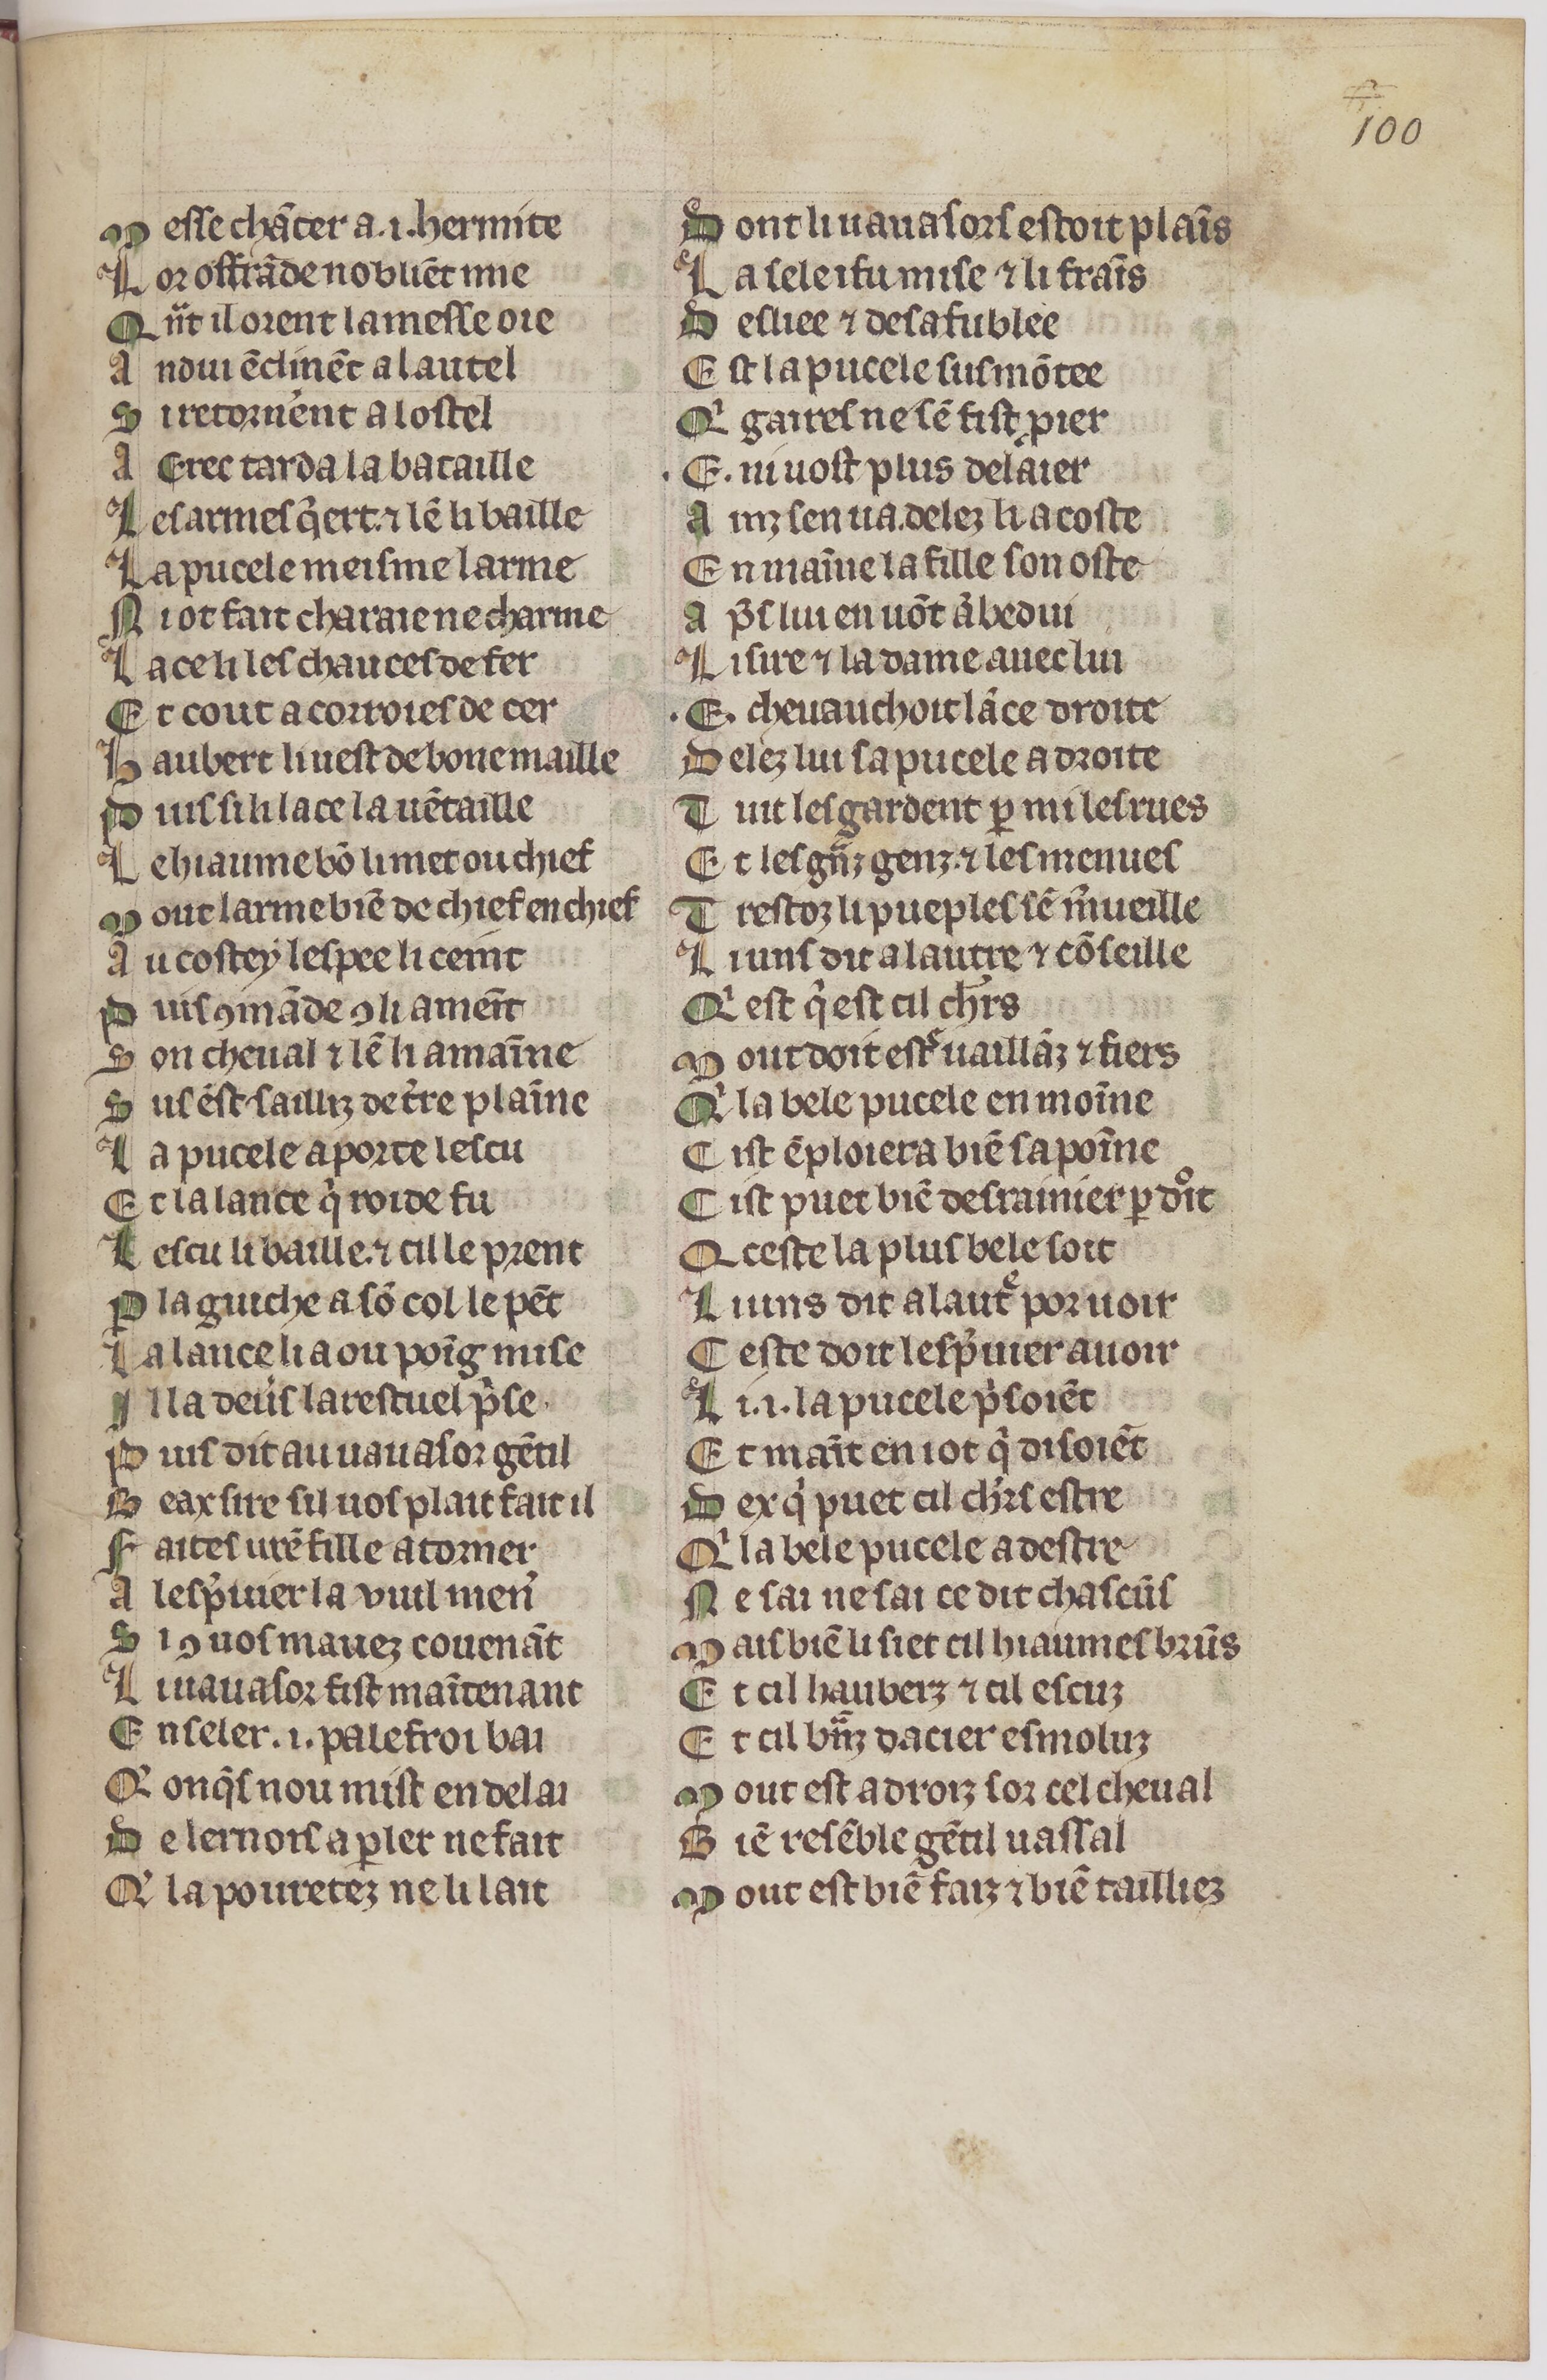
Shelfmark: Paris, BnF, fr. 1376
Century: 14